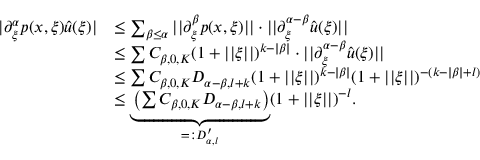
\begin{array} { r l } { | \partial _ { \xi } ^ { \alpha } p ( x , \xi ) \hat { u } ( \xi ) | } & { \leq \sum _ { \beta \leq \alpha } | | \partial _ { \xi } ^ { \beta } p ( x , \xi ) | | \cdot | | \partial _ { \xi } ^ { \alpha - \beta } \hat { u } ( \xi ) | | } \\ & { \leq \sum C _ { \beta , 0 , K } ( 1 + | | \xi | | ) ^ { k - | \beta | } \cdot | | \partial _ { \xi } ^ { \alpha - \beta } \hat { u } ( \xi ) | | } \\ & { \leq \sum C _ { \beta , 0 , K } D _ { \alpha - \beta , l + k } ( 1 + | | \xi | | ) ^ { k - | \beta | } ( 1 + | | \xi | | ) ^ { - ( k - | \beta | + l ) } } \\ & { \leq \underbrace { \left( \sum C _ { \beta , 0 , K } D _ { \alpha - \beta , l + k } \right) } _ { = : D _ { \alpha , l } ^ { \prime } } ( 1 + | | \xi | | ) ^ { - l } . } \end{array}